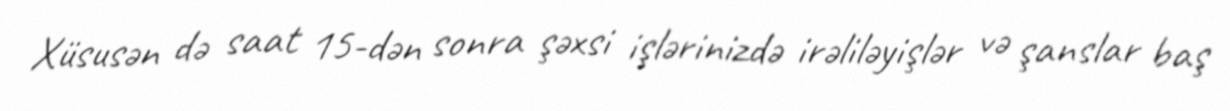
Xüsusən də saat 15-dən sonra şəxsi işlərinizdə irəliləyişlər və şanslar baş